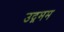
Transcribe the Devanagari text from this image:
उद्गमम